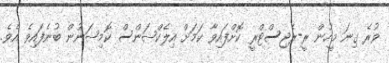
ވުރެ ގިނަ މީހުން ރީ-ރެޖިސްޓްރީ ކޮށްފައިވާ ކަމަށް އިލެކްޝަންސް ކޮމިޝަނުން ބުނެފައިވެ އެވެ.